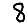
Digit: 8